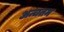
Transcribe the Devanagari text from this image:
अन्चतम